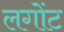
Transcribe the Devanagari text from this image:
लगोंट